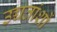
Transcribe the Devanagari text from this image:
उच्चतांशों